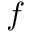
f